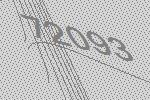
72093